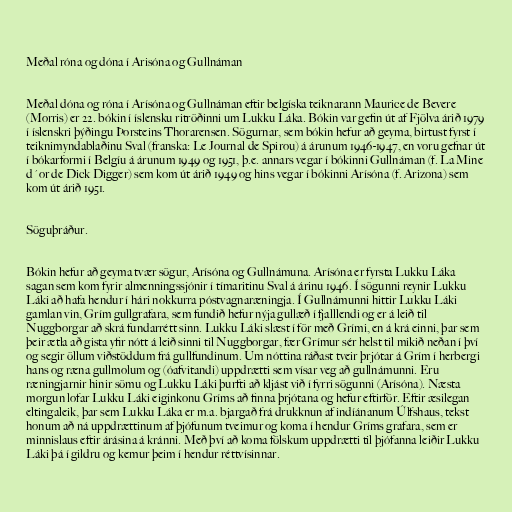
Meðal róna og dóna í Arisóna og Gullnáman

Meðal dóna og róna í Arísóna og Gullnáman eftir belgíska teiknarann Maurice de Bevere
(Morris) er 22. bókin í íslensku ritröðinni um Lukku Láka. Bókin var gefin út af Fjölva árið 1979
í íslenskri þýðingu Þorsteins Thorarensen. Sögurnar, sem bókin hefur að geyma, birtust fyrst í
teiknimyndablaðinu Sval (franska: Le Journal de Spirou) á árunum 1946-1947, en voru gefnar út
í bókarformi í Belgíu á árunum 1949 og 1951, þ.e. annars vegar í bókinni Gullnáman (f. La Mine
d´or de Dick Digger) sem kom út árið 1949 og hins vegar í bókinni Arísóna (f. Arizona) sem
kom út árið 1951.

Söguþráður.

Bókin hefur að geyma tvær sögur, Arísóna og Gullnámuna. Arísóna er fyrsta Lukku Láka
sagan sem kom fyrir almenningssjónir í tímaritinu Sval á árinu 1946. Í sögunni reynir Lukku
Láki að hafa hendur í hári nokkurra póstvagnaræningja. Í Gullnámunni hittir Lukku Láki
gamlan vin, Grím gullgrafara, sem fundið hefur nýja gullæð í fjalllendi og er á leið til
Nuggborgar að skrá fundarrétt sinn. Lukku Láki slæst í för með Grími, en á krá einni, þar sem
þeir ætla að gista yfir nótt á leið sinni til Nuggborgar, fær Grímur sér helst til mikið neðan í því
og segir öllum viðstöddum frá gullfundinum. Um nóttina ráðast tveir þrjótar á Grím í herbergi
hans og ræna gullmolum og (óafvitandi) uppdrætti sem vísar veg að gullnámunni. Eru
ræningjarnir hinir sömu og Lukku Láki þurfti að kljást við í fyrri sögunni (Arísóna). Næsta
morgun lofar Lukku Láki eiginkonu Gríms að finna þrjótana og hefur eftirför. Eftir æsilegan
eltingaleik, þar sem Lukku Láka er m.a. bjargað frá drukknun af indíánanum Úlfshaus, tekst
honum að ná uppdrættinum af þjófunum tveimur og koma í hendur Gríms grafara, sem er
minnislaus eftir árásina á kránni. Með því að koma fölskum uppdrætti til þjófanna leiðir Lukku
Láki þá í gildru og kemur þeim í hendur réttvísinnar.